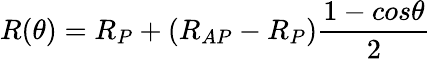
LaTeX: R(\theta)=R_{P}+(R_{AP}-R_{P})\frac{1-cos\theta}{2}